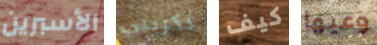
الأسبرين ذكريني كيف وعيها